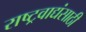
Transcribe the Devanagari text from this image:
राष्ट्रवाद्यंसाठी